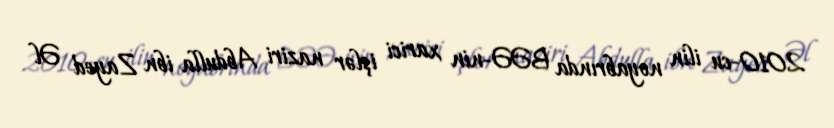
2010-cu ilin noyabrında BƏƏ-nin xarici işlər naziri Abdulla ibn Zayed Əl